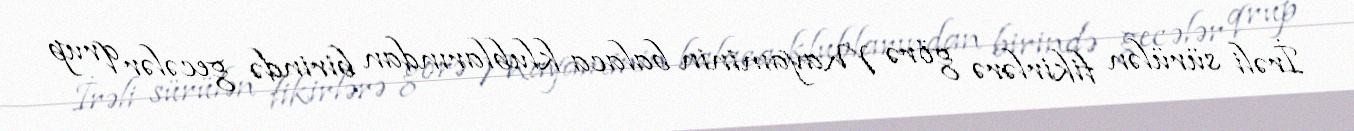
İrəli sürülən fikirlərə görə Mayaminin balaca klublarından birində gecələr qrup